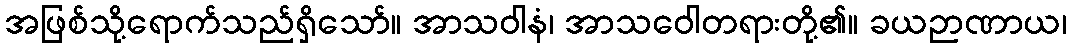
အဖြစ်သို့ရောက်သည်ရှိသော်။ အာသဝါနံ၊ အာသဝေါတရားတို့၏။ ခယဉာဏာယ၊